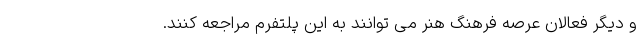
و دیگر فعالان عرصه فرهنگ هنر می توانند به این پلتفرم مراجعه کنند.